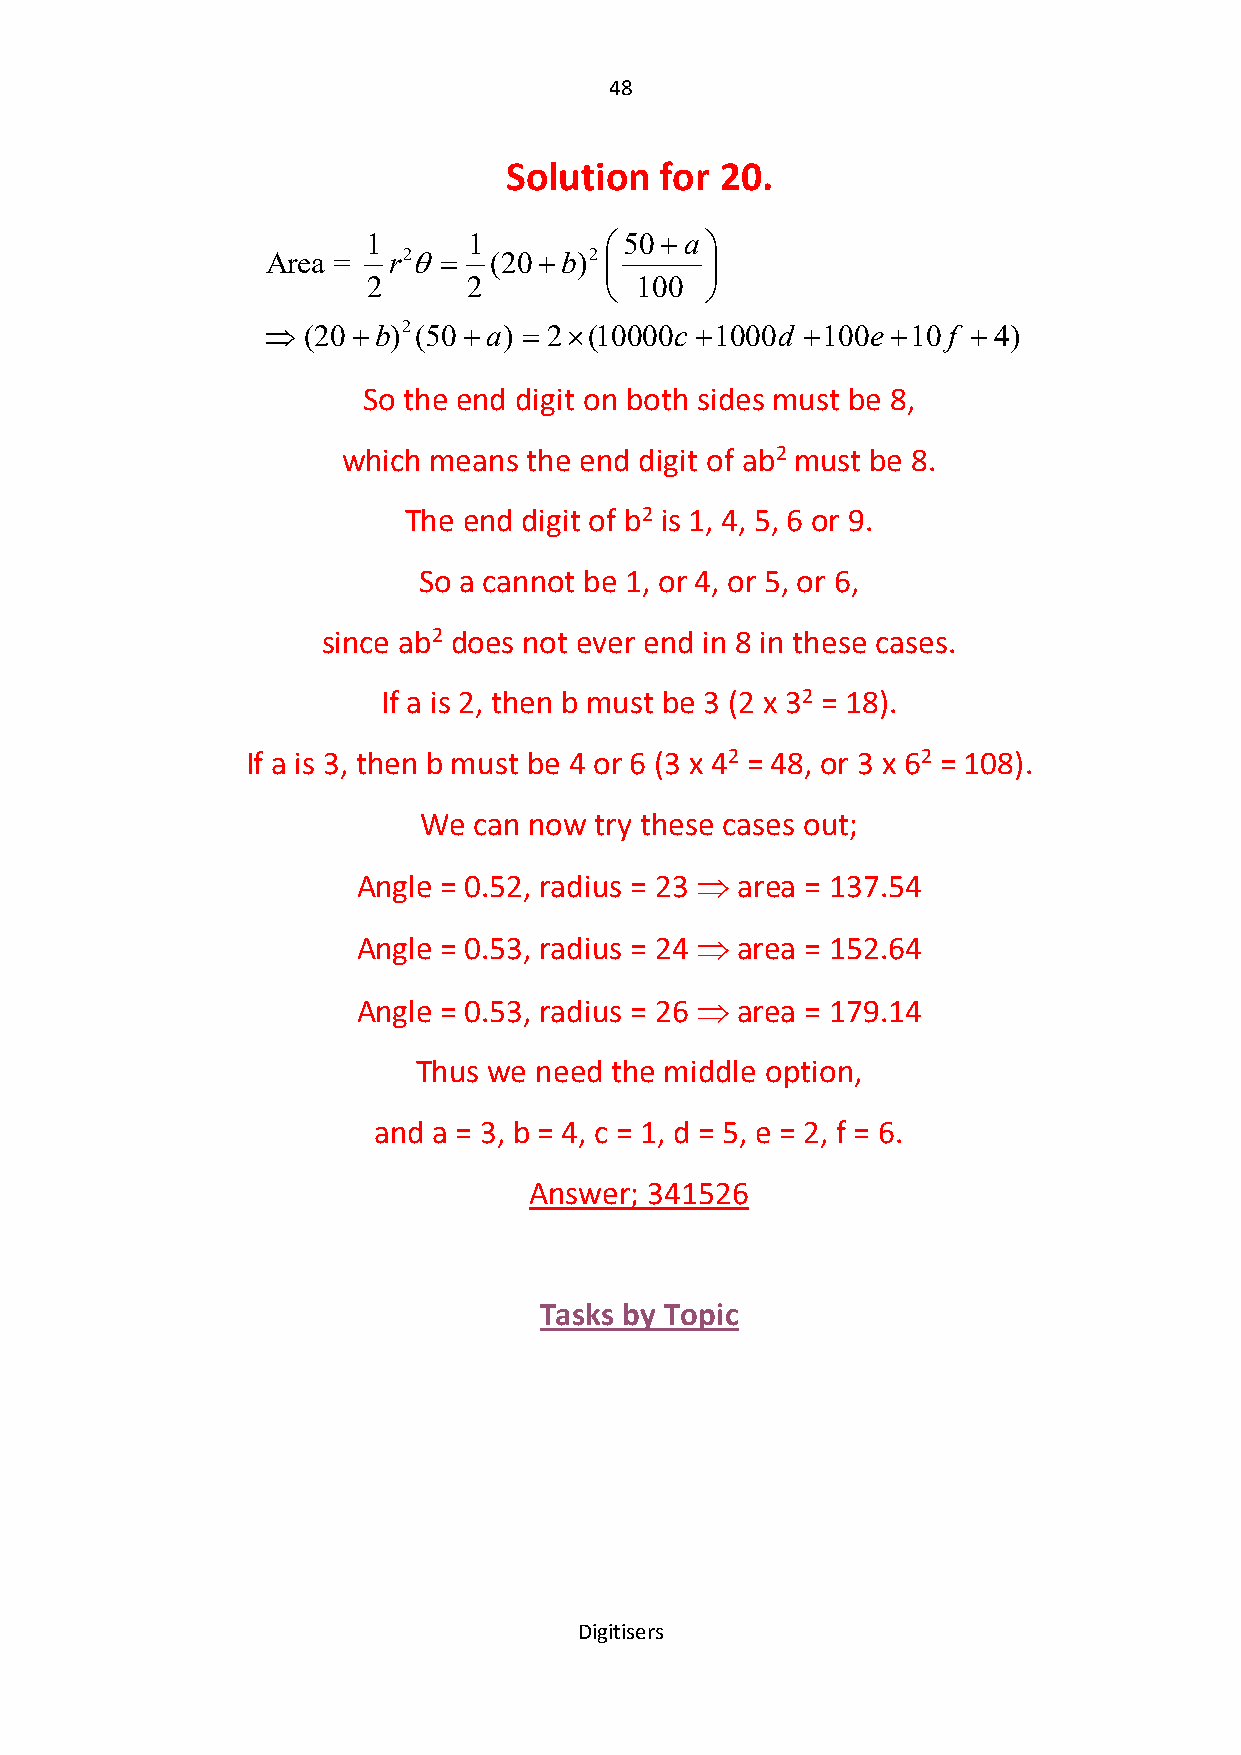
48
 Solution   for 20.
 1      1        50 a 
 Area =  r2  (20b)2
       
 2      2         100  
  (20b)2(50 a)  2(10000c 1000d 100e10f  4)
 So the end digit on both sides must be 8,
 which means the end digit of ab2 must be 8.
 The end digit of b2 is 1, 4, 5, 6 or 9.
 So a cannot be 1, or 4, or 5, or 6,
 since ab2 does not ever end in 8 in these cases.
 If a is 2, then b must be 3 (2 x 32 = 18).
 If a is 3, then b must be 4 or 6 (3 x 42 = 48, or 3 x 62 = 108).
 We can now try these cases out;
 Angle = 0.52, radius = 23  area = 137.54
 Angle = 0.53, radius = 24  area = 152.64
 Angle = 0.53, radius = 26  area = 179.14
 Thus we need the middle option,
 and a = 3, b = 4, c = 1, d = 5, e = 2, f = 6.
 Answer; 341526
 Tasks by Topic
 Digitisers